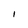
Character: I